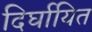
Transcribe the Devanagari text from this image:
दिर्घायित